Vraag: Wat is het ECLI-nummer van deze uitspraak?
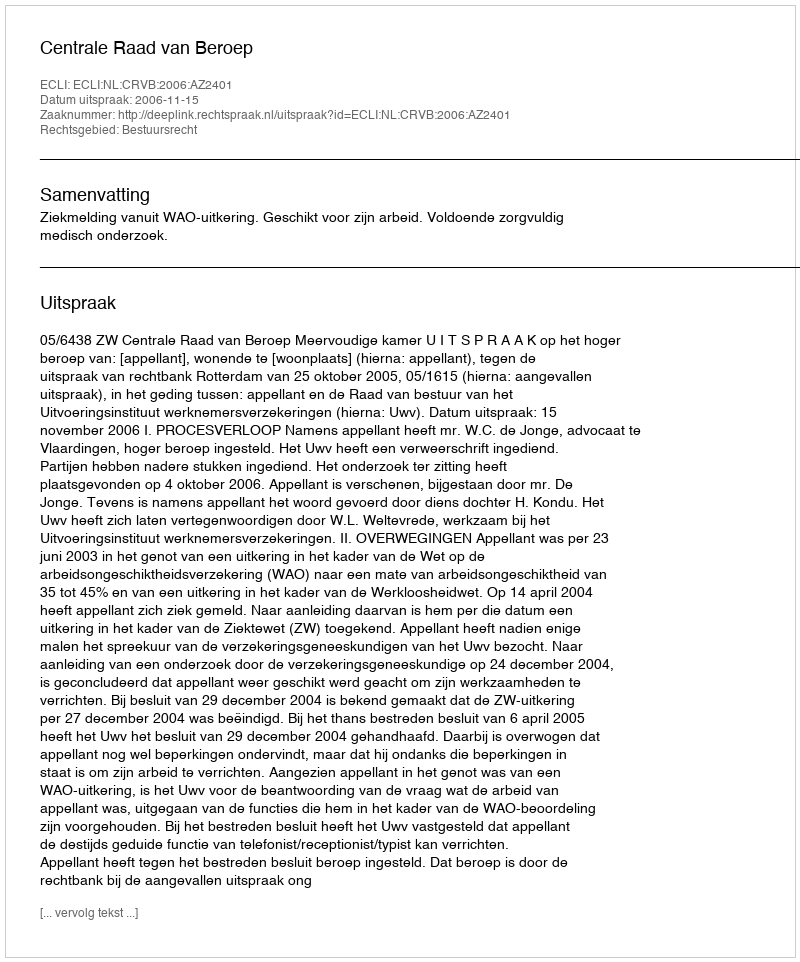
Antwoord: ECLI:NL:CRVB:2006:AZ2401